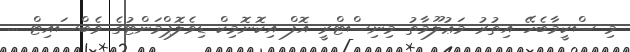
މި ސްކީމާބެހޭ އިތުރު މަޢުލޫމާތު މިނިސްޓްރީ އޮފް އިކޮނޮމިކް ޑިވެލޮޕްމަންޓުގެ ވެބްސައިޓް ...